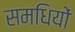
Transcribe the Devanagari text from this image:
समधियों